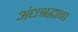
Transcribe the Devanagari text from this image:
अंधश्रद्धाना